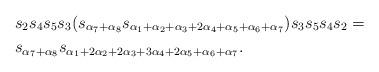
LaTeX: \begin{align*} & s_2 s_4 s_5 s_3 (s_{\alpha_7+\alpha_8} s_{\alpha_1 + \alpha_2 + \alpha_3 + 2\alpha_4 + \alpha_5 + \alpha_6 + \alpha_7}) s_3 s_5 s_4 s_2 = \\ & s_{\alpha_7+\alpha_8} s_{\alpha_1 + 2\alpha_2 + 2\alpha_3 + 3\alpha_4 + 2\alpha_5 + \alpha_6 + \alpha_7}. \end{align*}